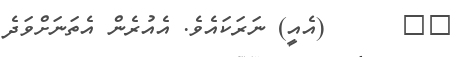
٢٩      (އެއީ) ނަރަކައެވެ. އެއުރެން އެތަނަށްވަދެ